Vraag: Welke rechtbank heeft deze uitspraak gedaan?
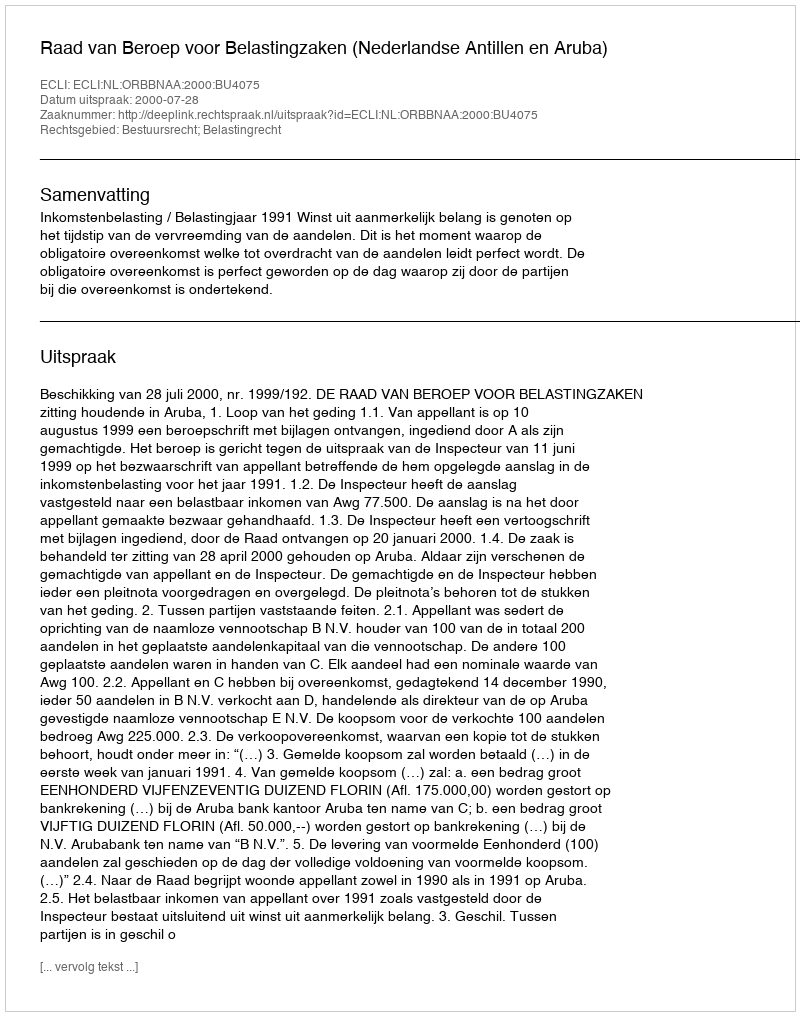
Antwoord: Raad van Beroep voor Belastingzaken (Nederlandse Antillen en Aruba)